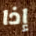
إذا